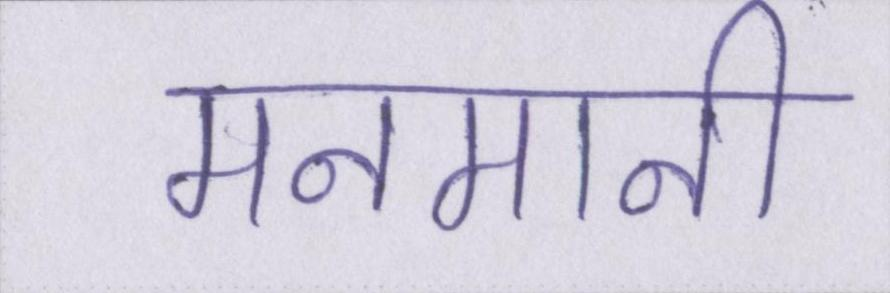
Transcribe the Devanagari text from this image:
मनमानी